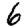
Digit: 6